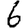
Digit: 6